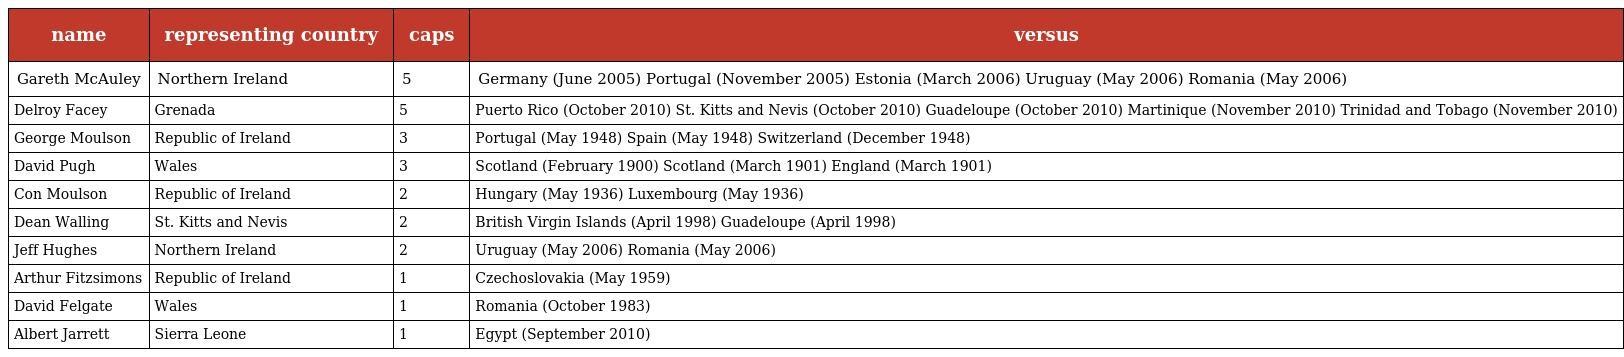
| name | representing country | caps | versus |
 | --- | --- | --- | --- |
 | Gareth McAuley | Northern Ireland | 5 | Germany (June 2005) Portugal (November 2005) Estonia (March 2006) Uruguay (May 2006) Romania (May 2006) |
 | Delroy Facey | Grenada | 5 | Puerto Rico (October 2010) St. Kitts and Nevis (October 2010) Guadeloupe (October 2010) Martinique (November 2010) Trinidad and Tobago (November 2010) |
 | George Moulson | Republic of Ireland | 3 | Portugal (May 1948) Spain (May 1948) Switzerland (December 1948) |
 | David Pugh | Wales | 3 | Scotland (February 1900) Scotland (March 1901) England (March 1901) |
 | Con Moulson | Republic of Ireland | 2 | Hungary (May 1936) Luxembourg (May 1936) |
 | Dean Walling | St. Kitts and Nevis | 2 | British Virgin Islands (April 1998) Guadeloupe (April 1998) |
 | Jeff Hughes | Northern Ireland | 2 | Uruguay (May 2006) Romania (May 2006) |
 | Arthur Fitzsimons | Republic of Ireland | 1 | Czechoslovakia (May 1959) |
 | David Felgate | Wales | 1 | Romania (October 1983) |
 | Albert Jarrett | Sierra Leone | 1 | Egypt (September 2010) |